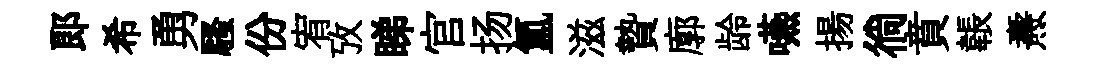
郎希勇騷份宥攷睇官扬氳滋贄廓龄嚥揚徜賁韔燾